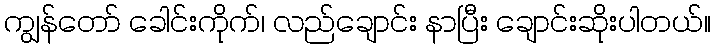
ကျွန်တော် ခေါင်းကိုက်၊ လည်ချောင်း နာပြီး ချောင်းဆိုးပါတယ်။